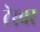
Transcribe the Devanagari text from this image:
टेरचर